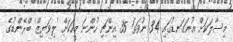
މިސާލަކަށް އުނަގަނޑުގައި 34 ނުވަތަ 35 އިންޗި ހުންނަ މީހަކަށް 'ލިވަޔިޒް' ބްރޭންޑުގެ